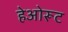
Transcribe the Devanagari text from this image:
हेओरूट